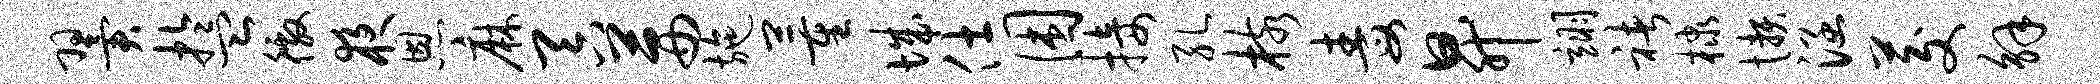
翼盂徼夜恩麻吞茜施董城仕困接孔核毒升翊褚棣懒涵茭解